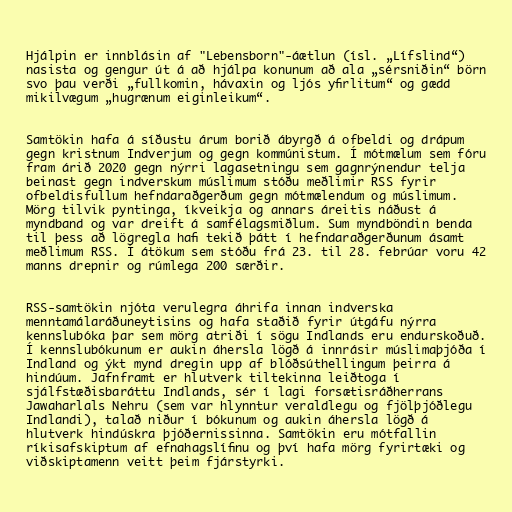
Hjálpin er innblásin af "Lebensborn"-áætlun (ísl. „Lífslind“)
nasista og gengur út á að hjálpa konunum að ala „sérsniðin“ börn
svo þau verði „fullkomin, hávaxin og ljós yfirlitum“ og gædd
mikilvægum „hugrænum eiginleikum“.

Samtökin hafa á síðustu árum borið ábyrgð á ofbeldi og drápum
gegn kristnum Indverjum og gegn kommúnistum. Í mótmælum sem fóru
fram árið 2020 gegn nýrri lagasetningu sem gagnrýnendur telja
beinast gegn indverskum múslimum stóðu meðlimir RSS fyrir
ofbeldisfullum hefndaraðgerðum gegn mótmælendum og múslimum.
Mörg tilvik pyntinga, íkveikja og annars áreitis náðust á
myndband og var dreift á samfélagsmiðlum. Sum myndböndin benda
til þess að lögregla hafi tekið þátt í hefndaraðgerðunum ásamt
meðlimum RSS. Í átökum sem stóðu frá 23. til 28. febrúar voru 42
manns drepnir og rúmlega 200 særðir.

RSS-samtökin njóta verulegra áhrifa innan indverska
menntamálaráðuneytisins og hafa staðið fyrir útgáfu nýrra
kennslubóka þar sem mörg atriði í sögu Indlands eru endurskoðuð.
Í kennslubókunum er aukin áhersla lögð á innrásir múslimaþjóða í
Indland og ýkt mynd dregin upp af blóðsúthellingum þeirra á
hindúum. Jafnframt er hlutverk tiltekinna leiðtoga í
sjálfstæðisbaráttu Indlands, sér í lagi forsætisráðherrans
Jawaharlals Nehru (sem var hlynntur veraldlegu og fjölþjóðlegu
Indlandi), talað niður í bókunum og aukin áhersla lögð á
hlutverk hindúskra þjóðernissinna. Samtökin eru mótfallin
ríkisafskiptum af efnahagslífinu og því hafa mörg fyrirtæki og
viðskiptamenn veitt þeim fjárstyrki.